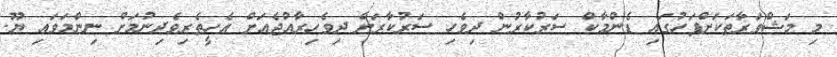
މި މަޝްވަރާތަކަށްފަހުގައި ޑެންމާކް ސަރުކާރުން ދިވެހި ސަރުކާރަށް ދިވެހިރާއްޖެއަށް އެހީތެރިވެދިނުމަށް ނިންމަވައި ޔޫ.